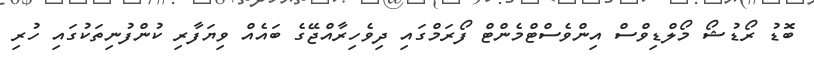
ބޮޑު ރޯޑުޝޯ މޯލްޑިވްސް އިންވެސްޓްމެންޓް ފޯރަމްގައި ދިވެހިރާއްޖޭގެ ބައެއް ވިޔަފާރި ކުންފުނިތަކުގައި ހުރި